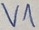
Text: V1